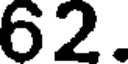
62.